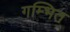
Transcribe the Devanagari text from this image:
गम्भित